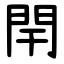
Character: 閈